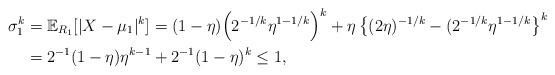
LaTeX: \begin{align*} \sigma_1^k &= \mathbb{E}_{R_1}[|X-\mu_1|^k] = (1-\eta) \Big(2^{-1/k}\eta^{1-1/k}\Big)^k + \eta \left\{(2\eta)^{-1/k} - (2^{-1/k}\eta^{1-1/k}\right\}^k\\ & = 2^{-1}(1-\eta)\eta^{k-1} + 2^{-1}(1-\eta)^k \leq 1,\end{align*}